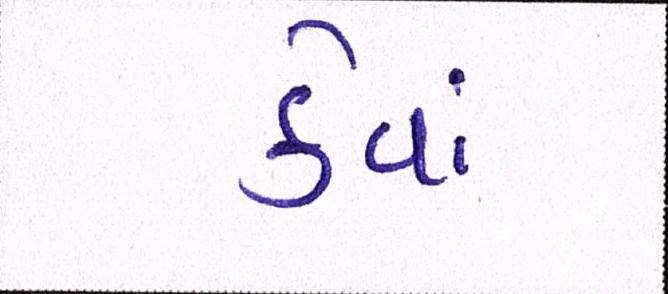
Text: કેવાં